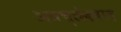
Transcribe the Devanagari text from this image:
अवच्छेदवाद